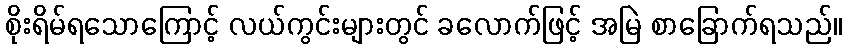
စိုးရိမ်ရသောကြောင့် လယ်ကွင်းများတွင် ခလောက်ဖြင့် အမြဲ စာခြောက်ရသည်။